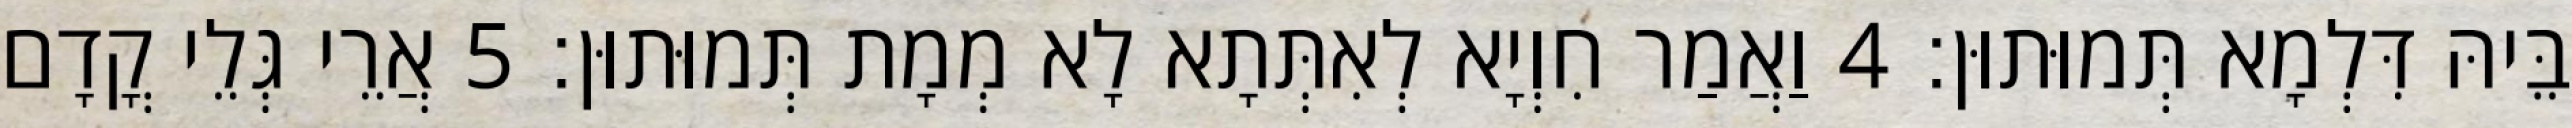
בֵּיהּ דִּלְמָא תְּמוּתוּן׃ 4 וַאֲמַר חִוְיָא לְאִתְּתָא לָא מְמָת תְּמוּתוּן׃ 5 אֲרֵי גְּלֵי קֳדָם